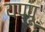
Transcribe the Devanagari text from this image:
यप्पू